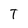
Character: T